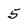
Character: 5